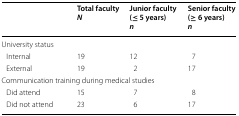
<table><thead><tr><td></td><td><b>Total faculty<i>N</i></b></td><td><b>Junior faculty (≤ 5 years)<i>n</i></b></td><td><b>Senior faculty (≥ 6 years)<i>n</i></b></td></tr></thead><tbody><tr><td colspan="4">University status</td></tr><tr><td> Internal</td><td>19</td><td>12</td><td>7</td></tr><tr><td> External</td><td>19</td><td>2</td><td>17</td></tr><tr><td colspan="4">Communication training during medical studies</td></tr><tr><td> Did attend</td><td>15</td><td>7</td><td>8</td></tr><tr><td> Did not attend</td><td>23</td><td>6</td><td>17</td></tr></tbody></table>